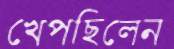
খেপছিলেন